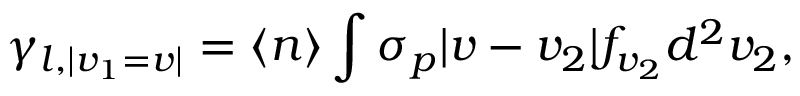
\gamma _ { l , | v _ { 1 } = v | } = \langle n \rangle \int \sigma _ { p } | v - v _ { 2 } | f _ { v _ { 2 } } d ^ { 2 } v _ { 2 } ,